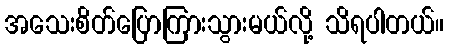
အသေးစိတ်ပြောကြားသွားမယ်လို့ သိရပါတယ်။